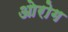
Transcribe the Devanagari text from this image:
ओरोग